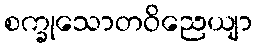
စက္ခုသောတဝိညေယျာ